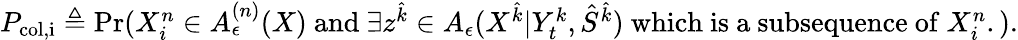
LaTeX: \begin{array}{r}{P_{\mathrm{col,i}}\triangleq\operatorname*{Pr}(X_{i}^{n}\in A_{\epsilon}^{(n)}(X)\mathrm{~and~}\exists{z}^{\hat{k}}\in A_{\epsilon}(X^{\hat{k}}|Y_{t}^{k},\hat{S}^{\hat{k}})\mathrm{~which~is~a~subsequence~of~}X_{i}^{n}.).}\end{array}